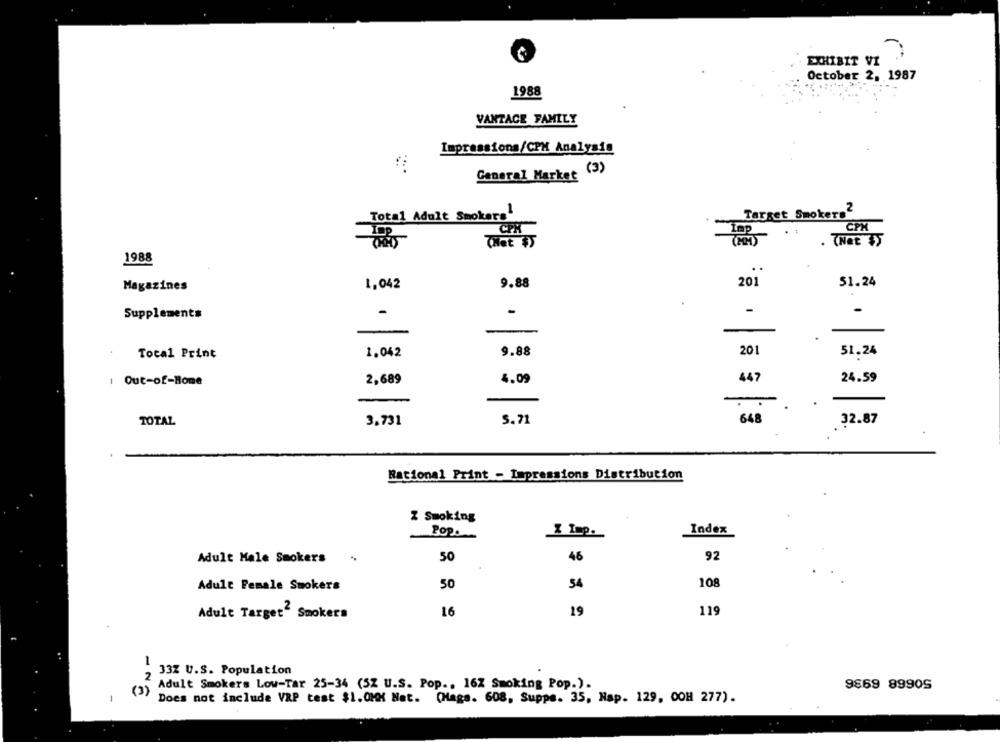
EXHIBIT VI
October 2, 1987
1988
VANTACE FAMILY
Impressions/CPM Analysis
General Market (3)
Total Adult Smokers
Target Smokers2
CPR
CPM
Lap
. (Net $
1988
..
201
51.24
Magazines
1,042
9.88
-
-
Supplements
.
Tocal Print
1.042
9.88
201
51.24
447
24.59
Out-of-Home
2,689
4.09
TOTAL
3.731
S.71
648
32.87
Rational Print - Impressions Distribution
Z Smoking
Pop.
X Imp.
Index
46
92
Adult Male Smokers
50
Adult Female Smokers
50
54
108
Adult Target" Smokers
16
19
119
33Z U.S. Population
Adult Smokers Low-Tar 25-34 (5Z U.S. Pop .. 16% Smoking Pop.).
9869 8990S
(3)
Does not include VRP test $1.0HK Hat. (Maga. 608, Suppe. 35, Nap. 129, OOH 277).